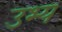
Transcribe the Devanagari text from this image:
उभ्य